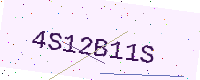
Text: 4S12B11S